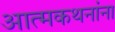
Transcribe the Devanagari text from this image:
आत्मकथनांना